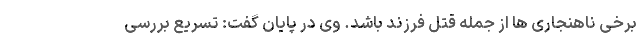
برخی ناهنجاری ها از جمله قتل فرزند باشد. وی در پایان گفت: تسریع بررسی